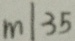
m \vert 3 5